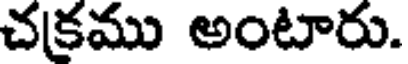
చక్రము అంటారు.